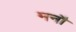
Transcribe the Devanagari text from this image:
मनौ